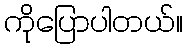
ကိုပြောပါတယ်။